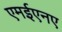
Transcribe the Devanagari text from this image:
एमईएनए